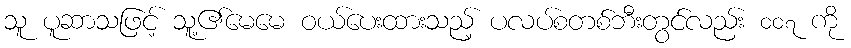
သူ ပူဆာသဖြင့် သူ့၏မေမေ ဝယ်ပေးထားသည့် ပလပ်စတစ်ဘီးတွင်လည်း ၀၀၇ ကို